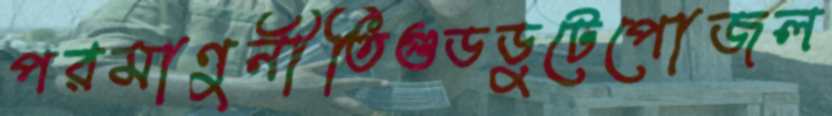
পরমাণুনীতিগুডডুটেপোজল